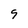
Character: 9